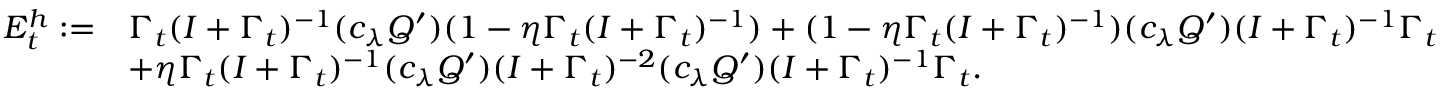
\begin{array} { r l } { { E } _ { t } ^ { h } : = } & { \Gamma _ { t } ( I + \Gamma _ { t } ) ^ { - 1 } ( c _ { \lambda } Q ^ { \prime } ) ( 1 - \eta \Gamma _ { t } ( I + \Gamma _ { t } ) ^ { - 1 } ) + ( 1 - \eta \Gamma _ { t } ( I + \Gamma _ { t } ) ^ { - 1 } ) ( c _ { \lambda } Q ^ { \prime } ) ( I + \Gamma _ { t } ) ^ { - 1 } \Gamma _ { t } } \\ & { + \eta \Gamma _ { t } ( I + \Gamma _ { t } ) ^ { - 1 } ( c _ { \lambda } Q ^ { \prime } ) ( I + \Gamma _ { t } ) ^ { - 2 } ( c _ { \lambda } Q ^ { \prime } ) ( I + \Gamma _ { t } ) ^ { - 1 } \Gamma _ { t } . } \end{array}